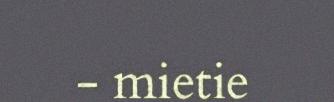
- mietie